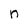
Character: n